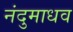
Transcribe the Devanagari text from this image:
नंदुमाधव